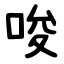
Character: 唆